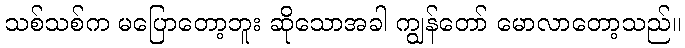
သစ်သစ်က မပြောတော့ဘူး ဆိုသောအခါ ကျွန်တော် မောလာတော့သည်။